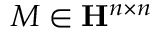
M \in \mathbf { H } ^ { n \times n }